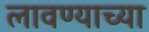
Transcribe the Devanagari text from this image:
लावण्‍याच्‍या